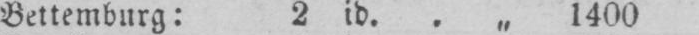
Bettemburg: 2 id.. „ 1400